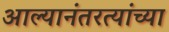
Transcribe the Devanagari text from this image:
आल्यानंतरत्यांच्या